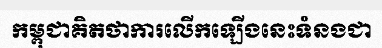
កម្ពុជាគិតថាការលើកឡើងនេះទំនងជា